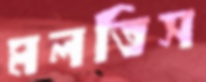
মলতিস